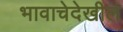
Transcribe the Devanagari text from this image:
भावाचेदेखील